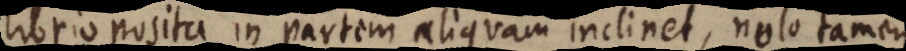
librio posita in partem aliquam inclinet, nolo tamen